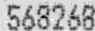
568268